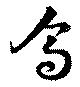
烏